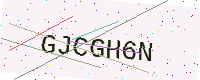
Text: GJCGH6N